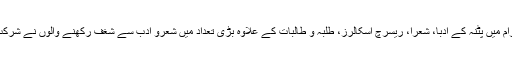
پروگرام میں پٹنہ کے ادبا، شعرا، ریسرچ اسکالرز، طلبہ و طالبات کے علاوہ بڑی تعداد میں شعرو ادب سے شغف رکھنے والوں نے شرکت کی۔